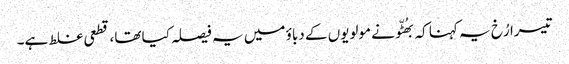
تیسرا رُخ یہ کہنا کہ بھُٹّو نے مولویوں کے دباؤ میں یہ فیصلہ کیا تھا، قطعی غلط ہے۔